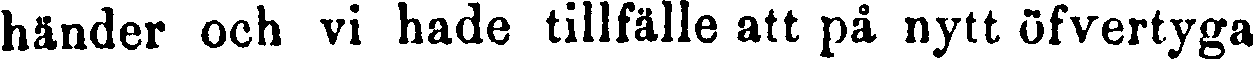
händer och vi hade tillfälle att på nytt öfvertyga